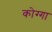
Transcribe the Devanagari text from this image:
कोग्गा